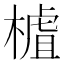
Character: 樝